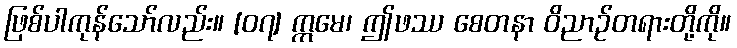
ဖြစ်ပါကုန်သော်လည်း။ [၀၇] ဣမေ၊ ဤဖဿ စေတနာ ဝိညာဉ်တရားတို့ကို။